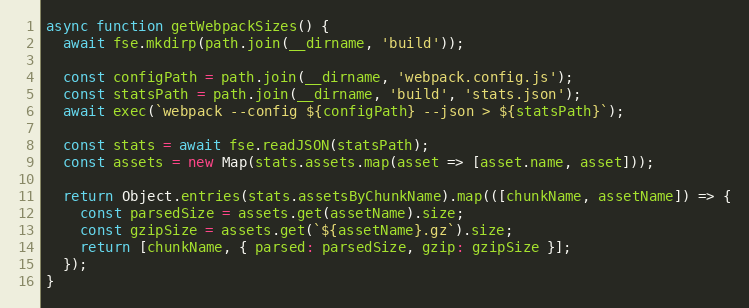
Language: JavaScript
async function getWebpackSizes() {
  await fse.mkdirp(path.join(__dirname, 'build'));

  const configPath = path.join(__dirname, 'webpack.config.js');
  const statsPath = path.join(__dirname, 'build', 'stats.json');
  await exec(`webpack --config ${configPath} --json > ${statsPath}`);

  const stats = await fse.readJSON(statsPath);
  const assets = new Map(stats.assets.map(asset => [asset.name, asset]));

  return Object.entries(stats.assetsByChunkName).map(([chunkName, assetName]) => {
    const parsedSize = assets.get(assetName).size;
    const gzipSize = assets.get(`${assetName}.gz`).size;
    return [chunkName, { parsed: parsedSize, gzip: gzipSize }];
  });
}